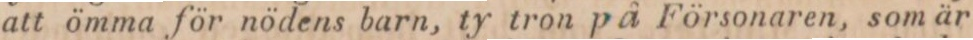
att ömma för nödens barn, ty tron på Försonaren, som är